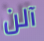
آلن